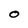
Character: O